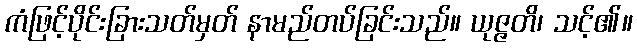
ကံဖြင့်ပိုင်းခြားသတ်မှတ် နာမည်တပ်ခြင်းသည်။ ယုဇ္ဇတိ၊ သင့်၏။